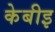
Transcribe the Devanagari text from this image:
केबीइ